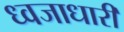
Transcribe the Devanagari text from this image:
ध्‍वजाधारी